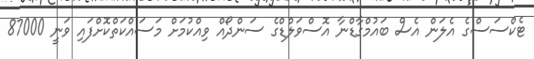
ޓެކްސަސްގެ އެލަން އެސް ބައުމްގާޑްނާ އޮސްވަލްޑްގެ ސަންދޯއް ވިއްކުމަށް މަސައްކަތްކޮށްފައި ވަނީ 87000